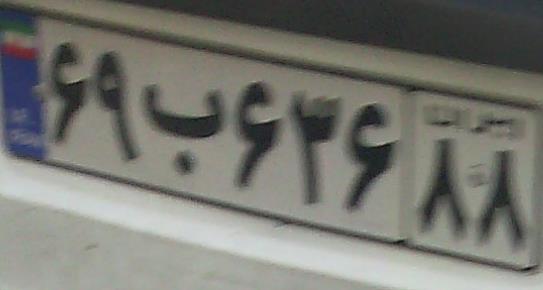
۶۹ب۶۳۶۸۸